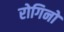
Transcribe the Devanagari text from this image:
रोगिनो